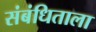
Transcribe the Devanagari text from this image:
संबंधिताला